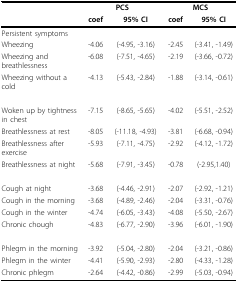
<table><thead><tr><td></td><td colspan="2"><b>PCS</b></td><td colspan="2"><b>MCS</b></td></tr><tr><td></td><td><b>coef</b></td><td><b>95% CI</b></td><td><b>coef</b></td><td><b>95% CI</b></td></tr></thead><tbody><tr><td>Persistent symptoms</td><td></td><td></td><td></td><td></td></tr><tr><td>Wheezing</td><td>-4.06</td><td>(-4.95, -3.16)</td><td>-2.45</td><td>(-3.41, -1.49)</td></tr><tr><td>Wheezing and breathlessness</td><td>-6.08</td><td>(-7.51, -4.65)</td><td>-2.19</td><td>(-3.66, -0.72)</td></tr><tr><td>Wheezing without a cold</td><td>-4.13</td><td>(-5.43, -2.84)</td><td>-1.88</td><td>(-3.14, -0.61)</td></tr><tr><td>Woken up by tightness in chest</td><td>-7.15</td><td>(-8.65, -5.65)</td><td>-4.02</td><td>(-5.51, -2.52)</td></tr><tr><td>Breathlessness at rest</td><td>-8.05</td><td>(-11.18, -4.93)</td><td>-3.81</td><td>(-6.68, -0.94)</td></tr><tr><td>Breathlessness after exercise</td><td>-5.93</td><td>(-7.11, -4.75)</td><td>-2.92</td><td>(-4.12, -1.72)</td></tr><tr><td>Breathlessness at night</td><td>-5.68</td><td>(-7.91, -3.45)</td><td>-0.78</td><td>(-2.95,1.40)</td></tr><tr><td>Cough at night</td><td>-3.68</td><td>(-4.46, -2.91)</td><td>-2.07</td><td>(-2.92, -1.21)</td></tr><tr><td>Cough in the morning</td><td>-3.68</td><td>(-4.89, -2.46)</td><td>-2.04</td><td>(-3.31, -0.76)</td></tr><tr><td>Cough in the winter</td><td>-4.74</td><td>(-6.05, -3.43)</td><td>-4.08</td><td>(-5.50, -2.67)</td></tr><tr><td>Chronic chough</td><td>-4.83</td><td>(-6.77, -2.90)</td><td>-3.96</td><td>(-6.01, -1.90)</td></tr><tr><td>Phlegm in the morning</td><td>-3.92</td><td>(-5.04, -2.80)</td><td>-2.04</td><td>(-3.21, -0.86)</td></tr><tr><td>Phlegm in the winter</td><td>-4.41</td><td>(-5.90, -2.93)</td><td>-2.80</td><td>(-4.33, -1.28)</td></tr><tr><td>Chronic phlegm</td><td>-2.64</td><td>(-4.42, -0.86)</td><td>-2.99</td><td>(-5.03, -0.94)</td></tr></tbody></table>